Vaccination in Bombay 1869-1873 - 1869-1873
Year: 1869
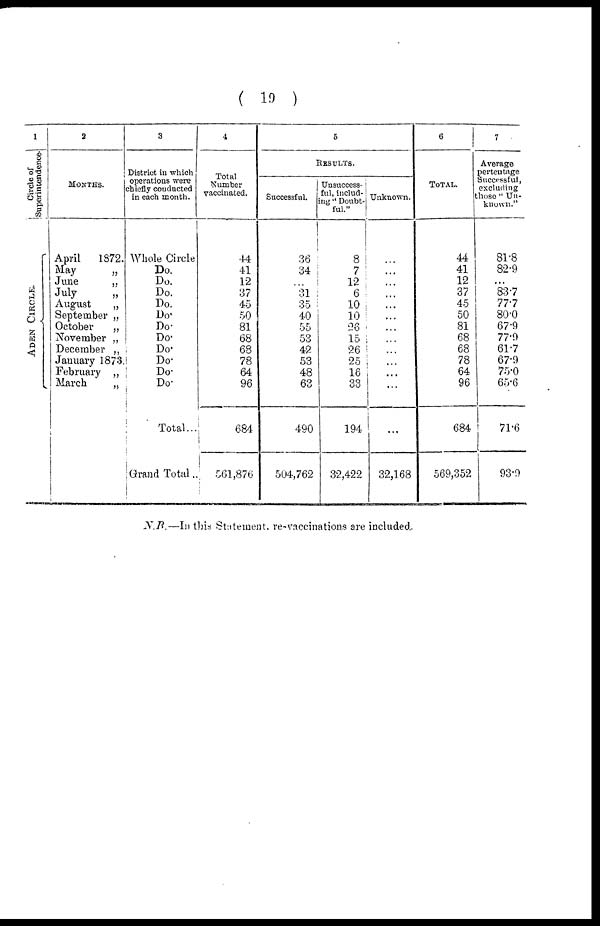
( 19 )
1
Circle of
Superintendence.
ADEN CI RCLE.
2
MONTHS.
April 1872.
May
„
June
„
July
„
August
„
September „
October
„
November „
December „
January 1873.
February „
March
„
3
District in which
operations were
chiefly conducted
in each month.
Whole Circle
Do.
Do.
Do.
Do.
Do.
Do.
Do.
Do.
Do.
Do.
Do.
Total...
Grand Total.
4
Total
Number
vaccinated.
44
41
12
37
45
50
81
68
68
78
64
96
684
561,876
5
RESULTS.
Successful.
36
34
...
31
35
40
55
53
42
53
48
63
490
504,762
Unsuccess-
ful, includ-
ing " Doubt-
ful."
8
7
12
6
10
10
26
15
26
25
16
33
194
32,422
Unknown.
...
...
...
...
...
...
...
...
...
...
...
...
...
32,168
6
TOTAL.
44
41
12
37
45
50
81
68
68
78
64
96
684
569,352
7
Average
pertentage
Successful,
excluding
those " Un-
known."
81.8
82.9
...
83.7
77.7
80.0
67.9
77.9
61.7
67.9
75.0
65.6
71.6
93.9
N.B.—In this Statement. re-vaccinations are included.